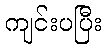
ကျင်းပပြီး